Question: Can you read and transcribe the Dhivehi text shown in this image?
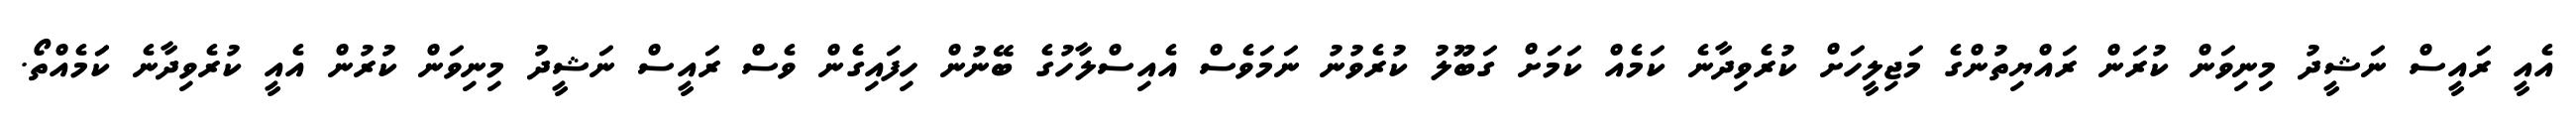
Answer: އެއީ ރައީސް ނަޝީދު މިނިވަން ކުރަން ރައްޔިތުންގެ މަޖިލީހަށް ކުރެވިދާނެ ކަމެއް ކަމަށް ގަބޫލު ކުރެވުނު ނަމަވެސް އެއިސްލާހުގެ ބޭނުން ހިފައިގެން ވެސް ރައީސް ނަޝީދު މިނިވަން ކުރުން އެއީ ކުރެވިދާނެ ކަަމެއްތޯ.